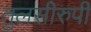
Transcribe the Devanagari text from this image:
तुलसीरुपी